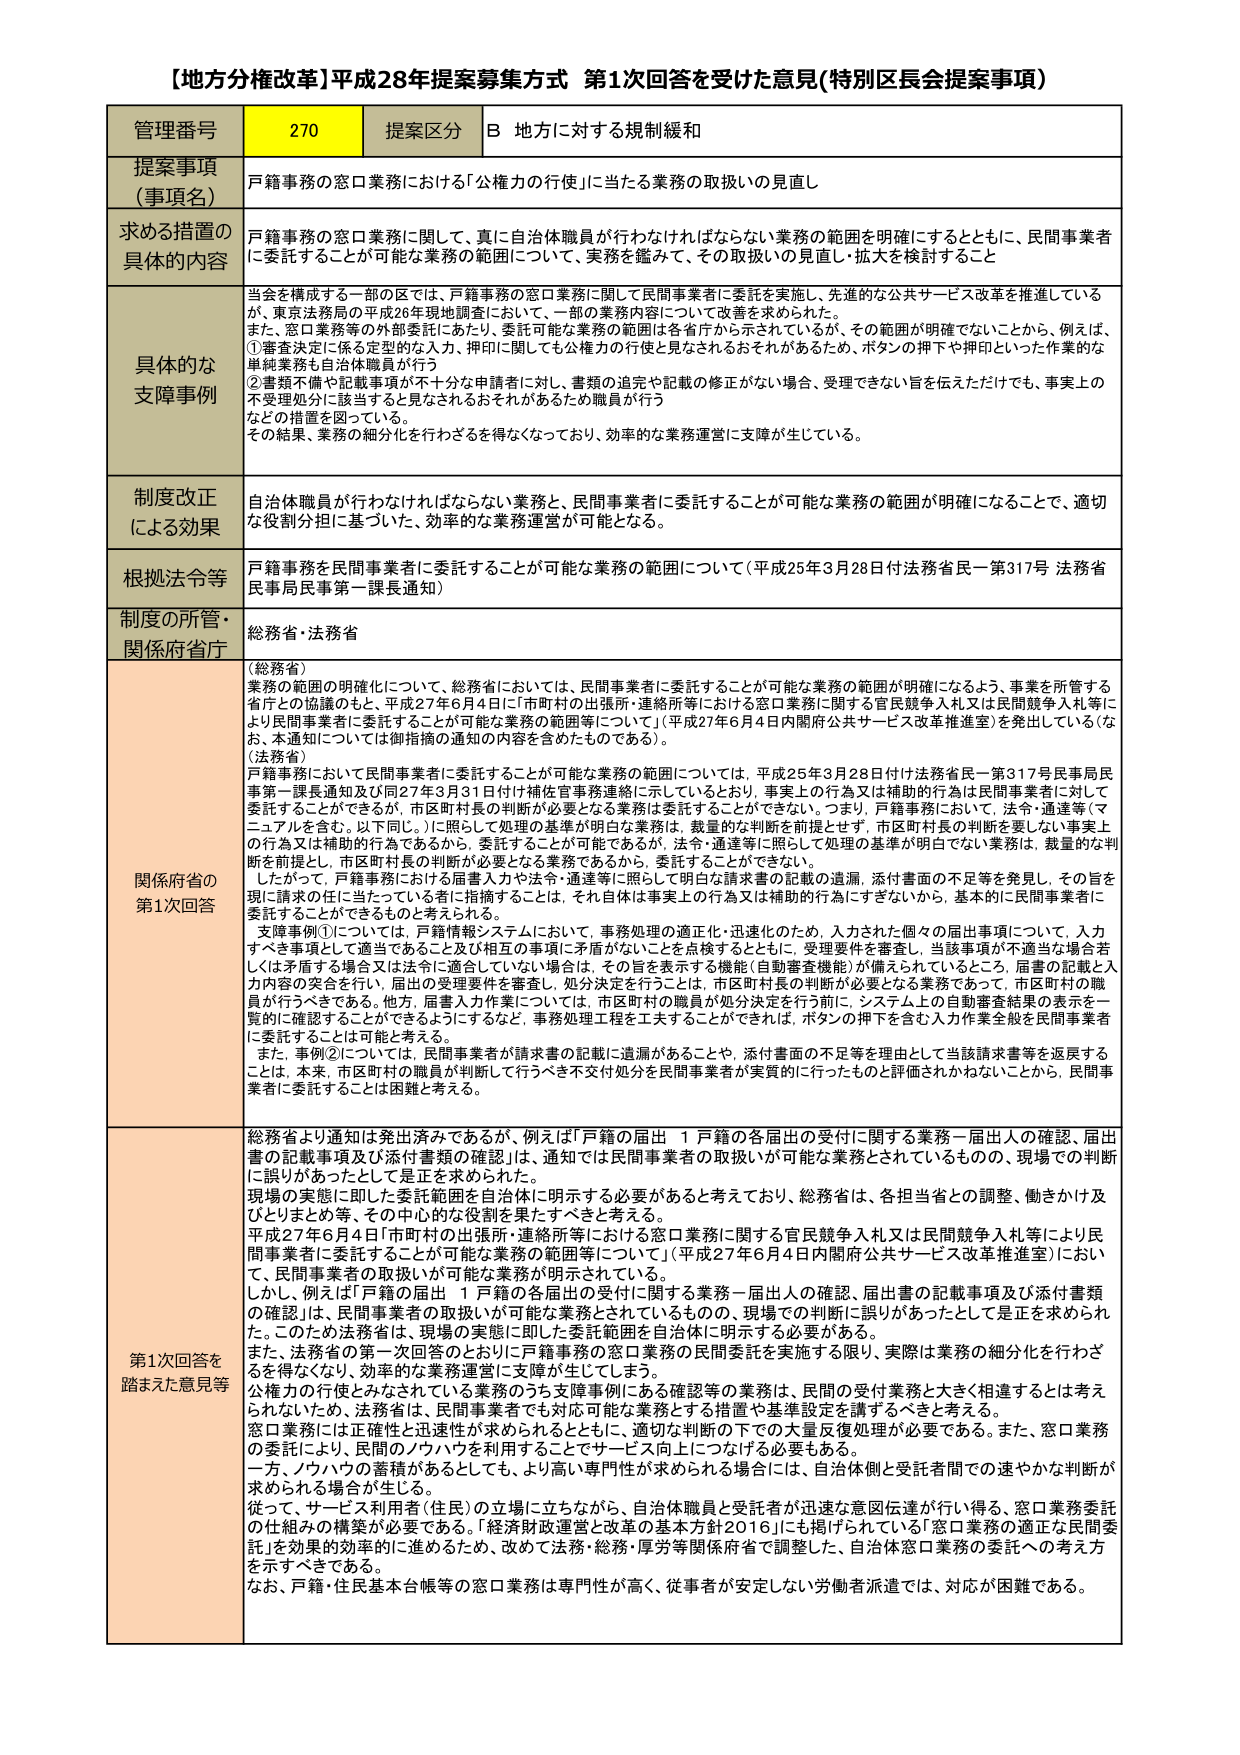
【地方分権改革】平成28年提案募集方式 第1次回答を受けた意見(特別区長会提案事項)

管理番号 270 提案区分 B 地方に対する規制緩和

提案事項（事項名） 戸籍事務の窓口業務における「公権力の行使」に当たる業務の取扱いの見直し

求める措置の具体的な内容 戸籍事務の窓口業務に関して、真に自治体職員が行わなければならない業務の範囲を明確にするとともに、民間事業者に委託することが可能な業務の範囲について、実務を鑑みて、その取扱いの見直し・拡大を検討すること

具体的な支援事例 当会を構成する一部の区では、戸籍事務の窓口業務に関して民間事業者に委託を実施し、先進的な公共サービス改革を推進しているが、東京法務局の平成26年現地調査において、一部の業務内容について改善を求められた。また、窓口業務等の外部委託にあたり、委託可能な業務の範囲は各管庁から示されているが、その範囲が明確でないことから、例えば、①審査決定に係る定型的な入力、押印に関しても公権力の行使と見なされるおそれがあるため、ボタンの押下や押印といった作業的な単純業務も自治体職員が行う②書類不備や記載事項が不十分な申請者に対し、書類の追完や記載の修正がない場合、受理できない旨を伝えただけでも、事実上の不受理処分に該当すると見なされるおそれがあるため職員が行うなどの措置を図っている。その結果、業務の細分化を行わざるを得なくなっており、効率的な業務運営に支障が生じている。

制度改正による効果 自治体職員が行わなければならない業務と、民間事業者に委託することが可能な業務の範囲が明確になることで、適切な役割分担に基づいた、効率的な業務運営が可能となる。

根拠法令等 戸籍事務を民間事業者に委託することが可能な業務の範囲について（平成25年3月28日付け法務省民一第317号 法務省民事局民事第一課長通知）

制度の所管・関係府省庁 総務省・法務省

関係府省の第1次回答 （総務省）業務の範囲の明確化について、総務省においては、民間事業者に委託することが可能な業務の範囲が明確になるよう、事業を所管する省庁との協議のもと、平成27年6月4日に「市町村の出張所・連絡所等における窓口業務に関する官民競争入札又は民間競争入札等により民間事業者に委託することが可能な業務の範囲等について」（平成27年6月4日内閣府公共サービス改革推進室）を発出している（なお、本通知については御指摘の通知の内容を含めたものである）。（法務省）戸籍事務において民間事業者に委託することが可能な業務の範囲については、平成25年3月28日付け法務省民一第317号民事局民事第一課長通知及び同27年3月31日付け補佐官事務連絡に示しているとおり、事実上の行為又は補助的行為は民間事業者に対して委託することができると、市区町村長の判断が必要となる業務は委託することができない。つまり、戸籍事務においては、法令・通達等（マニュアルを含む。以下同じ。）に照らして処理の基準が明白な業務は、裁量的な判断を前提とせず、市区町村長の判断を要しない事実上の行為又は補助的行為であるから、委託することが可能であるが、法令・通達等に照らして処理の基準が明白でない業務は、裁量的な判断を前提とし、市区町村長の判断が必要となる業務であるから、委託することはできない。したがって、戸籍事務における届書入力や法令・通達等に照らして明白な請求書の記載の遺漏、添付書面の不足等を発見し、その旨を現に請求の任に当たっている者に指摘することは、それ自体は事実上の行為又は補助的行為にすぎないから、基本的に民間事業者に委託することができるものと考えられる。支援事例①については、戸籍情報システムにおいて、事務処理の適正化・迅速化のため、入力された個々の届出事項について、入力すべき事項として適当であること及び相互の事項に矛盾がないことを点検するとともに、受理要件を審査し、当該事項が不適当な場合若しくは矛盾する場合又は法令に適合していない場合は、その旨を表示する機能（自動審査機能）が備えられているところ、届書の記載と入力内容の突合を行い、届出の受理要件を審査し、処分決定を行うことは、市区町村長の判断が必要となる業務であって、市区町村の職員が行うべきである。他方、届書入力作業については、市区町村の職員が処分決定を行う前に、システム上の自動審査結果の表示を一覧的に確認することができるようとするなど、事務処理工程を工夫したことができれば、ボタンの押下を含む入力作業全般を民間事業者に委託することは可能と考える。また、事例②については、民間事業者が請求書の記載に遺漏があることや、添付書面の不足等を理由として当該請求書等を返戻することは、本来、市区町村の職員が判断して行うべき不交付処分を民間事業者が実質的に行うものと評価されかねないことから、民間事業者に委託することは困難と考える。

第1次回答を踏まえた意見等 総務省より通知は発出済みであるが、例えば「戸籍の届出 1 戸籍の各届出の受付に関する業務－届出人の確認、届出書の記載事項及び添付書類の確認」は、通知では民間事業者の取扱いが可能な業務とされているものの、現場での判断に誤りがあったとして是正を求められた。現場の実態に即した委託範囲を自治体に明示する必要があると考えており、総務省は、各担当省との調整、働きかけ及びとりまとめ等、その中心的な役割を果たすべきと考える。平成27年6月4日「市町村の出張所・連絡所等における窓口業務に関する官民競争入札又は民間競争入札等により民間事業者に委託することが可能な業務の範囲等について」（平成27年6月4日内閣府公共サービス改革推進室）において、民間事業者の取扱いが可能な業務が明示されている。しかし、例えば「戸籍の届出 1 戸籍の各届出の受付に関する業務－届出人の確認、届出書の記載事項及び添付書類の確認」は、民間事業者の取扱いが可能な業務とされているものの、現場での判断に誤りがあったとして是正を求められた。このため法務省は、現場の実態に即した委託範囲を自治体に明示する必要がある。また、法務省の第一次回答のとおりに戸籍事務の窓口業務の民間委託を実施する限り、実際は業務の細分化を行わざるを得なくなり、効率的な業務運営に支障が生じてしまう。公権力の行使とみなされている業務のうち支援事例にある確認等の業務は、民間の受付業務と大きく相違するとは考えられないため、法務省は、民間事業者でも対応可能な業務とする措置や基準設定を講ずるべきと考える。窓口業務には正確性と迅速性が求められるとともに、適切な判断の下での大量反復処理が必要である。また、窓口業務の委託により、民間のノウハウを利用することでサービス向上につなげる必要もある。一方、ノウハウの蓄積があるとしても、より高い専門性が求められる場合には、自治体側と受託者間での速やかな判断が求められる場合が生じる。従って、サービス利用者（住民）の立場に立ちながら、自治体職員と受託者が迅速な意思伝達が行い得る、窓口業務委託の仕組みの構築が必要である。「経済財政運営と改革の基本方針2016」にも掲げられている「窓口業務の適正な民間委託」を効果的効率的に進めるため、改めて法務・総務・厚労等関係府省で調整し、自治体窓口業務の委託への考え方を示すべきである。なお、戸籍・住民基本台帳等の窓口業務は専門性が高く、従事者が安定しない労働者派遣では、対応が困難である。